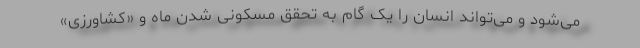
می‌شود و می‌تواند انسان را یک گام به تحقق مسکونی‌ شدن ماه و «کشاورزی»